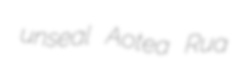
unseal Aotea Rua